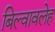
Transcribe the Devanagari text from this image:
बिल्वावलेह